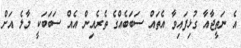
އެ ނަތީޖާއާ ގުޅިފައިވާ އެތައް ސަބަބެއްގެ ތެރެއިން އެއް ސަބަބަކީ މާލެ އަށް